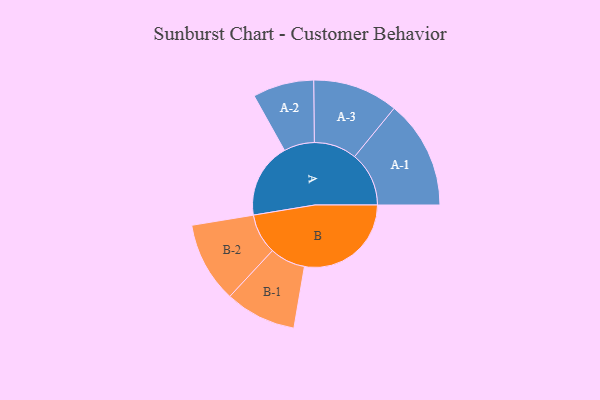
{"axis": {"x": "Segment", "y": "Value"}, "legend": ["", "A", "B"], "data": [{"x": "A", "y": 285, "type": ""}, {"x": "B", "y": 405, "type": ""}, {"x": "A-1", "y": 206, "type": "A"}, {"x": "A-2", "y": 116, "type": "A"}, {"x": "A-3", "y": 162, "type": "A"}, {"x": "B-1", "y": 135, "type": "B"}, {"x": "B-2", "y": 153, "type": "B"}]}